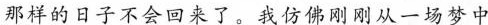
那样的日子不会回来了。我仿佛刚刚从一场梦中